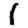
Digit: 1